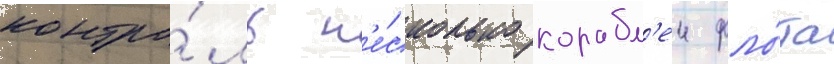
контро́ль н'е́сколько корабл'еи фло́та